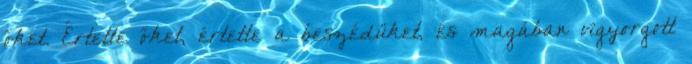
őket. Értette őket, értette a beszédüket, és magában vigyorgott